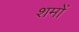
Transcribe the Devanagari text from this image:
शमों